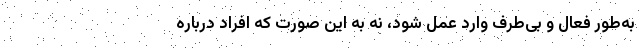
به‌طور فعال و بی‌طرف وارد عمل شود، نه به این صورت که افراد درباره